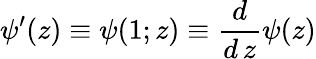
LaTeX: \psi^{\prime}(z)\equiv\psi(1;z)\equiv\frac{d}{d\, z}\psi(z)